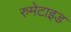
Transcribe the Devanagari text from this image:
रुमेटाइड